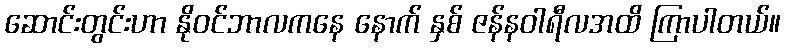
ဆောင်းတွင်းဟာ နိုဝင်ဘာလကနေ နောက် နှစ် ဇန်နဝါရီလအထိ ကြာပါတယ်။